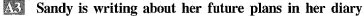
A3 Sandy is writing about her future plans in her diary